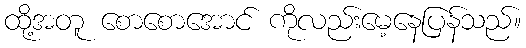
ထို့အတူ စောစောအောင် ကိုလည်းမေ့နေပြန်သည်။